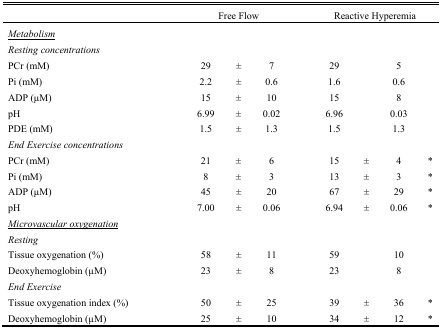
<table><thead><tr><td></td><td colspan="3"><b>Free Flow</b></td><td colspan="4"><b>Reactive Hyperemia</b></td></tr></thead><tbody><tr><td><i>Metabolism</i></td><td></td><td></td><td></td><td></td><td></td><td></td><td></td></tr><tr><td><i>Resting concentrations</i></td><td></td><td></td><td></td><td></td><td></td><td></td><td></td></tr><tr><td>PCr (mM)</td><td>29</td><td>±</td><td>7</td><td>29</td><td></td><td>5</td><td></td></tr><tr><td>Pi (mM)</td><td>2.2</td><td>±</td><td>0.6</td><td>1.6</td><td></td><td>0.6</td><td></td></tr><tr><td>ADP (μM)</td><td>15</td><td>±</td><td>10</td><td>15</td><td></td><td>8</td><td></td></tr><tr><td>pH</td><td>6.99</td><td>±</td><td>0.02</td><td>6.96</td><td></td><td>0.03</td><td></td></tr><tr><td>PDE (mM)</td><td>1.5</td><td>±</td><td>1.3</td><td>1.5</td><td></td><td>1.3</td><td></td></tr><tr><td><i>End Exercise concentrations</i></td><td></td><td></td><td></td><td></td><td></td><td></td><td></td></tr><tr><td>PCr (mM)</td><td>21</td><td>±</td><td>6</td><td>15</td><td>±</td><td>4</td><td>*</td></tr><tr><td>Pi (mM)</td><td>8</td><td>±</td><td>3</td><td>13</td><td>±</td><td>3</td><td>*</td></tr><tr><td>ADP (μM)</td><td>45</td><td>±</td><td>20</td><td>67</td><td>±</td><td>29</td><td>*</td></tr><tr><td>pH</td><td>7.00</td><td>±</td><td>0.06</td><td>6.94</td><td>±</td><td>0.06</td><td>*</td></tr><tr><td><i>Microvascular oxygenation</i></td><td></td><td></td><td></td><td></td><td></td><td></td><td></td></tr><tr><td><i>Resting</i></td><td></td><td></td><td></td><td></td><td></td><td></td><td></td></tr><tr><td>Tissue oxygenation (%)</td><td>58</td><td>±</td><td>11</td><td>59</td><td></td><td>10</td><td></td></tr><tr><td>Deoxyhemoglobin (μM)</td><td>23</td><td>±</td><td>8</td><td>23</td><td></td><td>8</td><td></td></tr><tr><td><i>End Exercise</i></td><td></td><td></td><td></td><td></td><td></td><td></td><td></td></tr><tr><td>Tissue oxygenation index (%)</td><td>50</td><td>±</td><td>25</td><td>39</td><td>±</td><td>36</td><td>*</td></tr><tr><td>Deoxyhemoglobin (μM)</td><td>25</td><td>±</td><td>10</td><td>34</td><td>±</td><td>12</td><td>*</td></tr></tbody></table>